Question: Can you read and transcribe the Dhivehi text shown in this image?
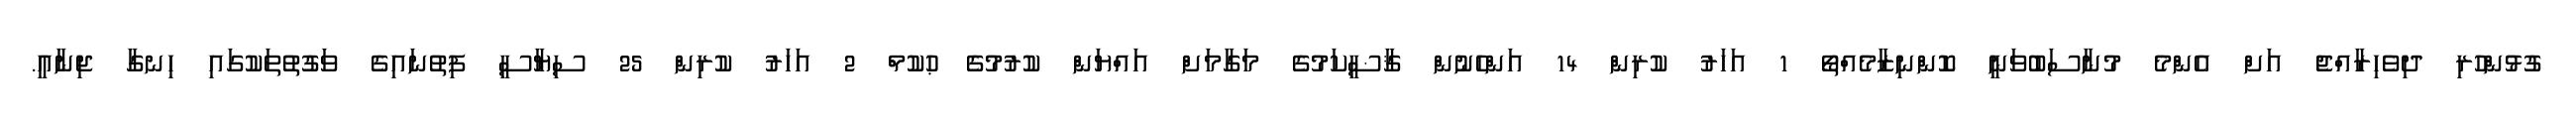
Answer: ގުޅުންހުރި ދިވެހިރާއްޖެ އަށް އެންމެ މުނާސަބުވަނީ ކޮންނިޒާމެއްތޯ 1 އަހަރު ކުރިން 14 އަންހެނުން ޤާޟީކަމުގެ މަގާމަށް އައްޔަން ކުރުމުގެ ޙުކުމް 2 އަހަރު ކުރިން 25 ސިޔާސީ ފިތުނައިގެ ވަގުތުތަކުގައި ހިނގާ ޖިނާއީ.